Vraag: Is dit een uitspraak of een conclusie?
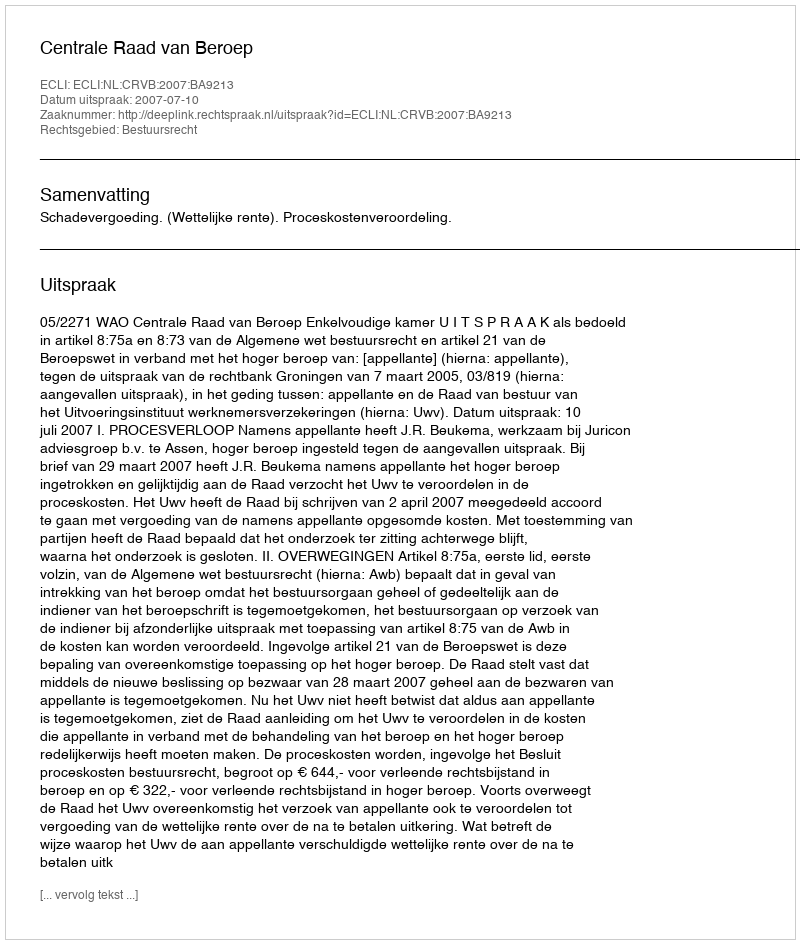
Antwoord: Uitspraak